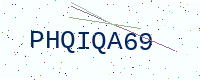
Text: PHQIQA69